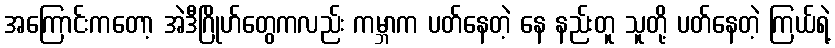
အကြောင်းကတော့ အဲဒီဂြိုဟ်တွေကလည်း ကမ္ဘာက ပတ်နေတဲ့ နေ နည်းတူ သူတို့ ပတ်နေတဲ့ ကြယ်ရဲ့